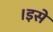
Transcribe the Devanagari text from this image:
।इसे